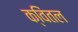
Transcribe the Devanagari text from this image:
क्विंतल